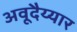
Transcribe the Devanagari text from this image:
अवूदैय्यार